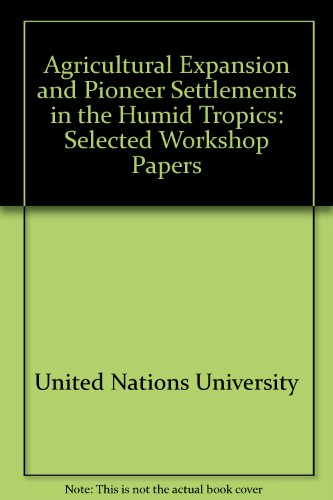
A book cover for Agricultural Expansion and Pioneer Settlements in the Humid Tropics: Selected Papers Presented at a Workshop Held in Kuala Lumpur, 17-21 September 1; Walther Manshard; Science & Math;